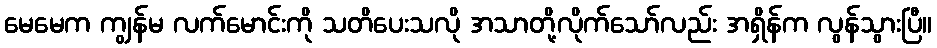
မေမေက ကျွန်မ လက်မောင်းကို သတိပေးသလို အသာတို့လိုက်သော်လည်း အရှိန်က လွန်သွားပြီ။